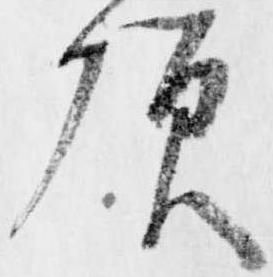
頂